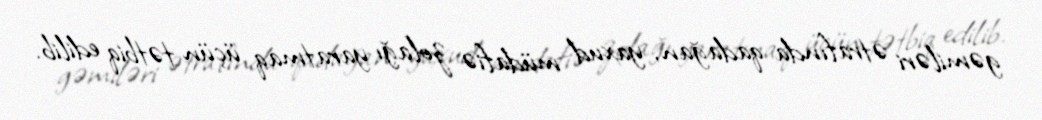
gəmiləri ətrafında qadağan, yaxud müdafiə zolağı yaratmaq üçün tətbiq edilib.